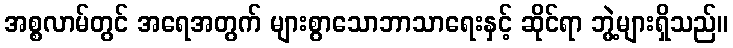
အစ္စလာမ်တွင် အရေအတွက် များစွာသောဘာသာရေးနှင့် ဆိုင်ရာ ဘွဲ့များရှိသည်။